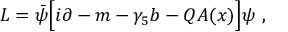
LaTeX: { \cal L } = \bar { \psi } \Big [ i \sl { \partial } - m - \gamma _ { 5 } \sl { b } - Q \, \sl { \! A ( x ) } \Big ] \psi \ ,